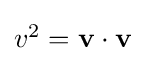
{\textstyle v^{2}=\mathbf {v} \cdot \mathbf {v} }